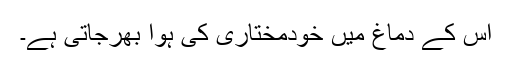
اس کے دماغ میں خودمختاری کی ہوا بھرجاتی ہے۔